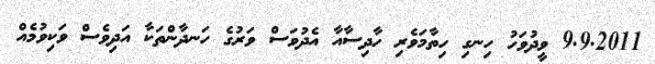
9.9.2011 ވީދުވަހު ހިނގި ހިތާމަވެރި ހާދިސާއާ އެދުވަސް ވަރުގެ ހަނދާންތަކާ އަދިވެސް ވަކިވުމެއް